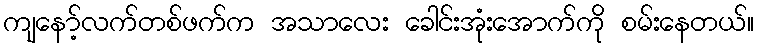
ကျနော့်လက်တစ်ဖက်က အသာလေး ခေါင်းအုံးအောက်ကို စမ်းနေတယ်။